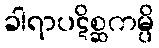
ခါရာပဋိစ္ဆကမ္ပိ